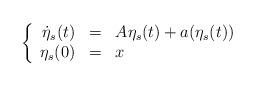
LaTeX: \begin{align*}\left\{\begin{array}{rcl}\dot{\eta}_s(t) & = & A \eta_s(t) + a(\eta_s(t))\\ \eta_s(0) & = & x\end{array}\right.\end{align*}